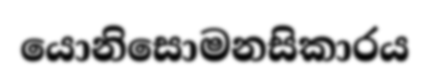
යොනිසොමනසිකාරය